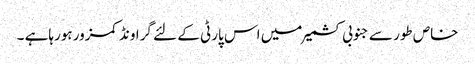
خاص طور سے جنوبی کشمیر میں اس پارٹی کے لئے گراونڈ کمزور ہورہاہے ۔